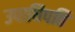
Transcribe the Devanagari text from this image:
उपाधिपति